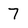
Character: 7